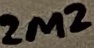
Text: 2M2